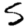
Digit: 5